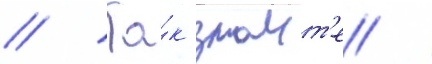
// Та́к знаит'е /